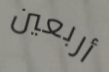
أربعين